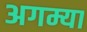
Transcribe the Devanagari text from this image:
अगम्या